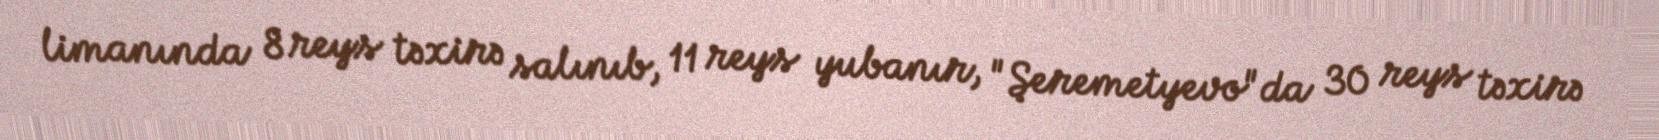
limanında 8 reys təxirə salınıb, 11 reys yubanır, "Şeremetyevo"da 30 reys təxirə